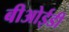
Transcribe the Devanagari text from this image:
बीओईडी